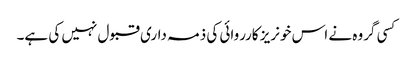
کسی گروہ نے اس خونریز کارروائی کی ذمہ داری قبول نہیں کی ہے۔